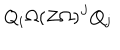
Q _ { i } \Omega ( Z \Omega ) ^ { J } Q _ { j }